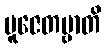
ပူဇေတဗ္ဗာတိ